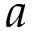
a